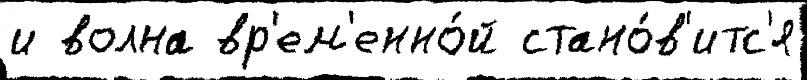
и волна вр'ем'енно́й стано́в'итс'я